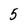
Character: 5